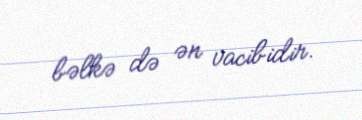
bəlkə də ən vacibidir.